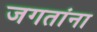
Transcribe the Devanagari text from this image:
जगतांना